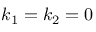
k _ { 1 } = k _ { 2 } = 0